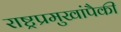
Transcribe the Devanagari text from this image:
राष्ट्रप्रमुखांपैकी